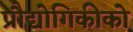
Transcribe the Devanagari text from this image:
प्रौद्योगिकीको